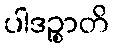
ပါဒဉ္စာတိ